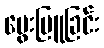
မွေးမြူခြင်း